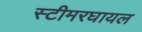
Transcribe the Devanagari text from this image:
स्टीमरघायल